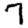
Digit: 7